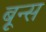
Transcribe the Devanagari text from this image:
बून्स